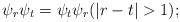
LaTeX: \begin{align*} \psi_r \psi_t = \psi_t \psi_r(|r-t|>1);\end{align*}